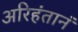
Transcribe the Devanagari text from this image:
अरिहंतानं